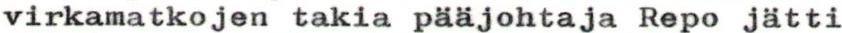
virkamatkojen takia pääjohtaja Repo jätti